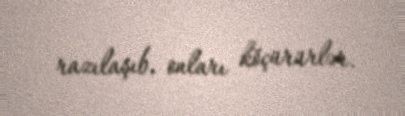
razılaşıb, onları köçürürlər.